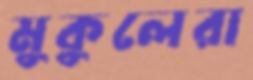
মুকুলেরা